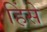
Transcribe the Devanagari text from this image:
हिंसे